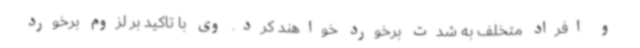
و افراد متخلف به شدت برخورد خواهند کرد. وی با تاکید بر لزوم برخورد